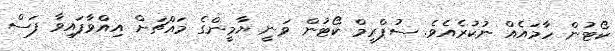
ކޯޓުން ހާމައެއް ނުކުރެއެވެ. ސުޕްރީމް ކޯޓުން ވަނީ ޔާމީންގެ މައްޗަށް އިއްވާފައިވާ ފަސް